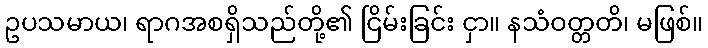
ဥပသမာယ၊ ရာဂအစရှိသည်တို့၏ ငြိမ်းခြင်း ငှာ။ နသံဝတ္တတိ၊ မဖြစ်။